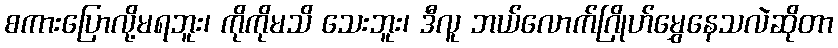
စကားပြောလို့မရဘူး၊ ကိုကိုမသိ သေးဘူး၊ ဒီလူ ဘယ်လောက်ဂြိုဟ်မွှေနေသလဲဆိုတာ